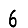
Digit: 6